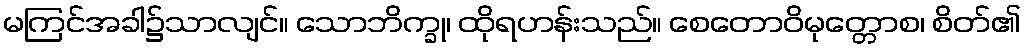
မကြင်အခါ၌သာလျင်။ သောဘိက္ခု၊ ထိုရဟန်းသည်။ စေတောဝိမုတ္တောစ၊ စိတ်၏